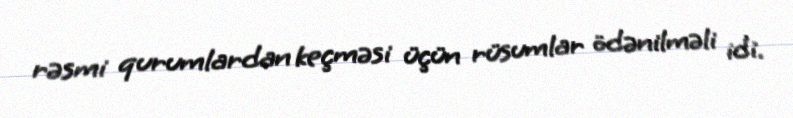
rəsmi qurumlardan keçməsi üçün rüsumlar ödənilməli idi.